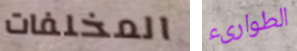
المخلفات الطوارىء